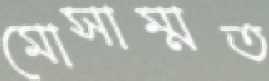
মোসাম্মত